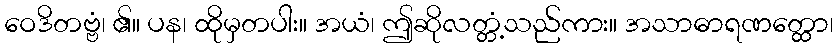
ဝေဒိတဗ္ဗံ၊ ၏။ ပန၊ ထိုမှတပါး။ အယံ၊ ဤဆိုလတ္တံ့သည်ကား။ အသာဓာရဏတ္ထော၊